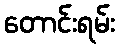
တောင်းရမ်း